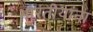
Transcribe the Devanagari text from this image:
भारतीयांंना